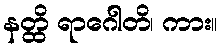
နတ္ထိ ရာဂေါတိ၊ ကား။